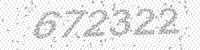
Solution: 672322